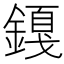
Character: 𬫿